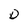
Character: D